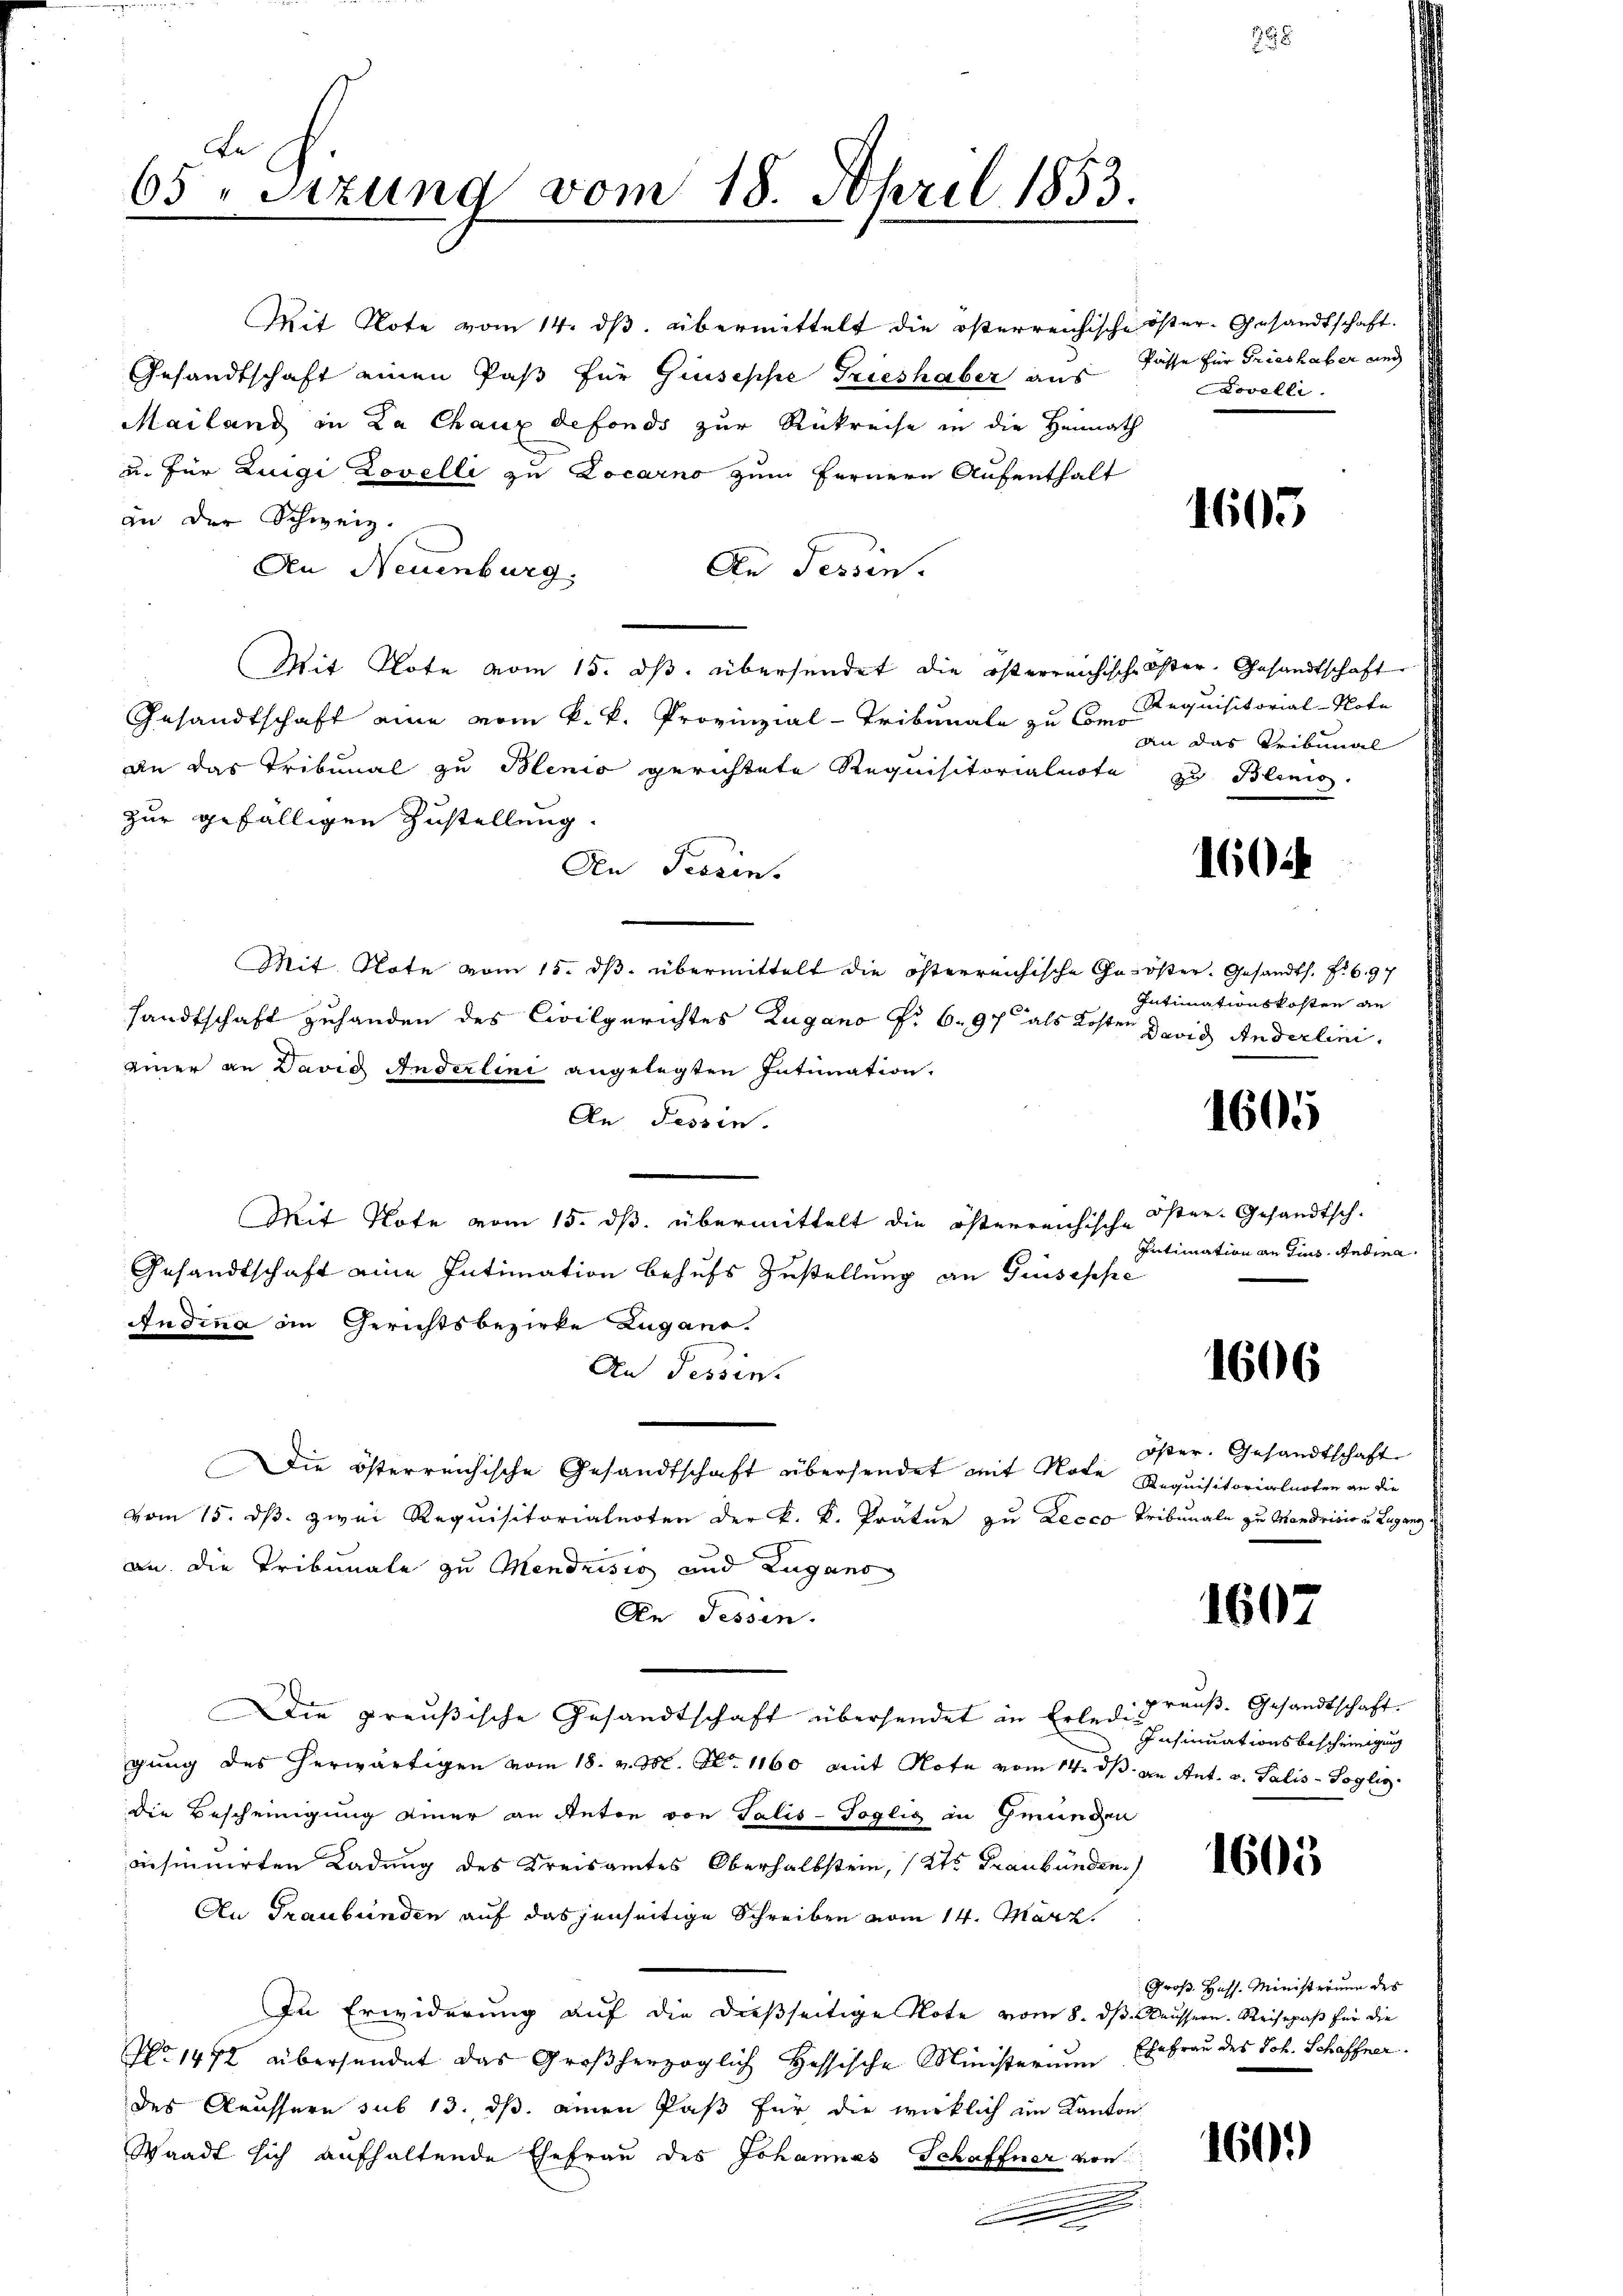
65. Sitzung vom 18. April 1853.

Mit Note vom 14. dβ übermittelt die österreichische öster-Gesandtschaft.
Gesandtschaft einen Paß für Giuseppe Trieshaber aus Fasse für Grieshaber und
Mailand in La Chaux defonds zur Rükreise in die Heimath
u. für Luigi Dovelli zu Locarno zum Fernern Aufenthalt
an der Schweiz.
An Tessin.
An Neuenburg.
Mit Klote vom 15. dβ. übersendet die österreichische Oster- Gesandtschaft
Gesandtschaft eine vom k. k. Provinzial-Tribunale zu Como
An das Tribunal zu Blenio gerichtete Requisitorialnote zu Blenio.
zur gefälligen Zustellung.
An Tessin.
Mit. Note vom 15. ds. übermittelt die österreichische Ge- öster. Gesandts. f. 697
sandtschaft zuhanden des Civilgerichtes Zugano Nr. 6. 97 als Koste
einer an David Anderlini angelegten Intimation.
An Tessin.
Mit Note vom 15. ds. übermittelt die österreichische
Gesandtschaft eine Intimation behufs Zustellung an Guseppe
Audina in Gerichtsbezirke Zugano.
An Tessin.
Die österreichische Gesandtschaft übersendet mit Note
vom 15. dß. zwei Requisitorialnoten der k. k. Prätur zu Lecco Tribunale zu Mandrisis u. Lugang
an. Die Tribunale zu Mendrisis und Zugano
An Fessen.
Die preußische Gesandtschaft übersendet in Erledi drauß. Gesandtschaft.
gung des herwärtigen vom 18. v. M. N. 1160 mit Note vom 14. dβ an Ant. v. Salis-Soglig
die Bescheinigung einer an Unter von Talis-Soglig an Gmunden
onsinuirten Ladung des Kreisamtes Oberhalbstein, (2te Graubünden.)
An Graubünden auf das jenseitige Schreiben vom 14. März
In Erwiderung auf die dießseitige Note vom 8. dβ. äussern. Reisepaß für die
No 1472 übersendet das Großherzoglich Hessische Ministerium Ehefrau des Joh. Schaffner.
des Aeussern sub 13. ds. einen Paß für die wirklich im Kanton
Waadt sich aufhaltende Ehefrau des Johannes Schaffner von
A

Dovelli

395

1603

Requisitorial-Note
an das Tribunal

160

Intimationskosten an
 David Anderlini.

1605

öster Gesandtsch.
Intimation an Tus. Andina

1606

Öster. Gesandtschaft
Anquisitorialnoten an die

1607

Insinuationsbescheinigung

1605

Groß. Hass. Ministrium des

160)